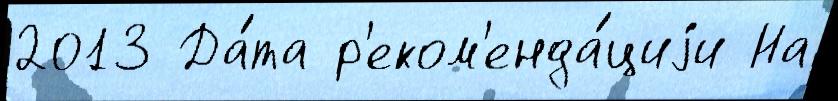
2013 Да́та р'еком'енда́циjи На